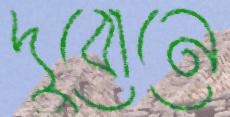
দুবোনে